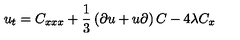
u _ { t } = C _ { x x x } + { \frac { 1 } { 3 } } \left( \partial u + u \partial \right) C - 4 \lambda C _ { x }